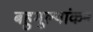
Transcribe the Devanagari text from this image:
बहुमूल्यांकन